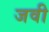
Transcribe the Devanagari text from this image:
जवी